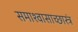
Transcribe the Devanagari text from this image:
समाश्वासाच्छास्त्रं